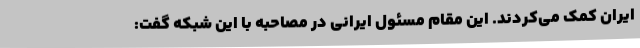
ایران کمک می‌کردند. این مقام مسئول ایرانی در مصاحبه با این شبکه گفت: